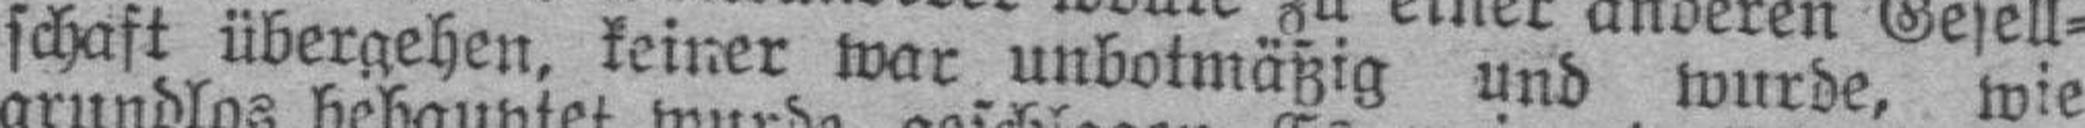
schaft übergehen, keiner war unbotmäßig und wurde, wie